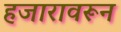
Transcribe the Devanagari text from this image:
हजारावरून